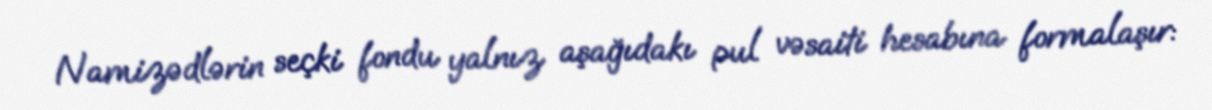
Namizədlərin seçki fondu yalnız aşağıdakı pul vəsaiti hesabına formalaşır: